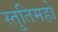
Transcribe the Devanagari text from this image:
स्तुतिमहो